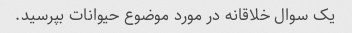
یک سوال خلاقانه در مورد موضوع حیوانات بپرسید.